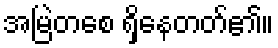
အမြဲတစေ ရှိနေတတ်၏။